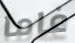
غاما